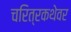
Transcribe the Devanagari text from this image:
चरित्रकथेवर